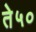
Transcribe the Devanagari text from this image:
ते५०